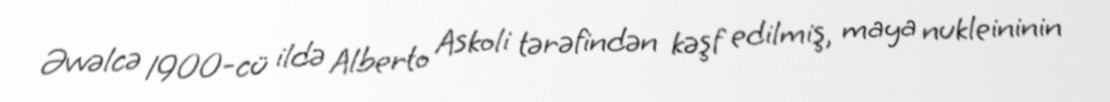
Əvvəlcə 1900-cü ildə Alberto Askoli tərəfindən kəşf edilmiş, maya nukleininin